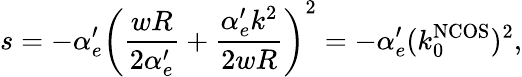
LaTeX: s=-\alpha_{e}^{\prime}\left(\frac{wR}{2\alpha_{e}^{\prime}}+\frac{\alpha_{e}^{\prime}k^{2}}{2wR}\right)^{2}=-\alpha_{e}^{\prime}(k_{0}^{\mathrm{NCOS}})^{2},